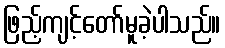
ဖြည့်ကျင့်တော်မူခဲ့ပါသည်။